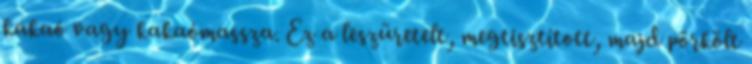
kakaó vagy kakaómassza. Ez a leszüretelt, megtisztított, majd pörkölt